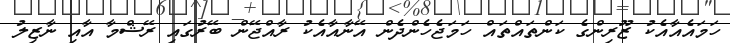
ހަމައެއާއެކު ޒޫރިންގެ ކަންތައްތައް ހަމަޖެހެންދެން އޭނާއާއެކު ރާއްޖޭން ބޭރުގައި ރޭޝްމާ އާއި ނާޒިލު